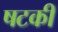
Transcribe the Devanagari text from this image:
षटकी